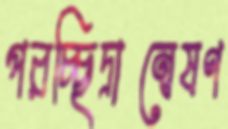
পরচ্ছিদ্রান্বেষণ